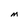
Character: M